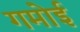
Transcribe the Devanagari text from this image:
गमोई